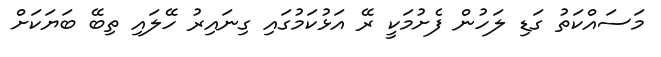
މަސައްކަތު ގަޑި ލަހުން ފެށުމަކީ ރޭ އަޅުކަމުގައި ގިނައިރު ހޭލައި ތިބޭ ބަޔަކަށް